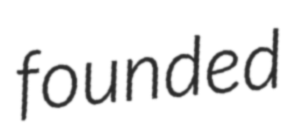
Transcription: founded